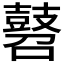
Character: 𪔓